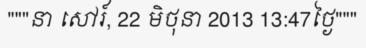
"""នា សៅរ៍, 22 មិថុនា 2013 13:47ថ្ងៃ"""